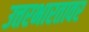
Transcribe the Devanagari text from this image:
उत्तरभारतावर